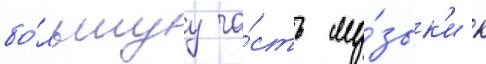
бо́льшуу ча́сть му́зык'и к